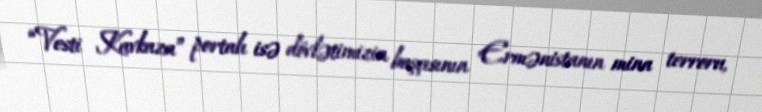
“Vesti Kavkaza” portalı isə dövlətimizin başçısının Ermənistanın mina terroru,